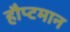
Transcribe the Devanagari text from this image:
हौप्टमान